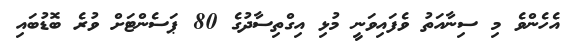
އެހެންވެ މި ސިނާއަތު ވެފައިވަނީ މުޅި އިގްތިސާދުގެ 80 ޕަސެންޓަށް ވުރެ ބޮޑުބައި